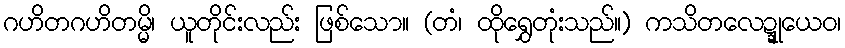
ဂဟိတဂဟိတမ္မိ၊ ယူတိုင်းလည်း ဖြစ်သော။ (တံ၊ ထိုရွှေတုံးသည်။) ကသိတလေဍ္ဍုယေဝ၊